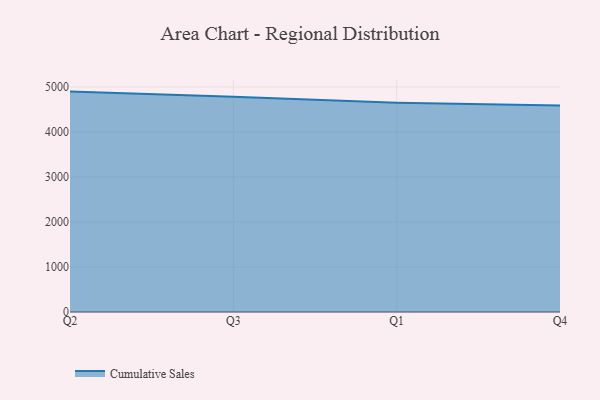
{"axis": {"x": "Quarter", "y": "Churn Rate (%)"}, "legend": ["Cumulative Sales"], "data": [{"x": "Q2", "y": 4896.4, "type": "Cumulative Sales"}, {"x": "Q3", "y": 4781.6, "type": "Cumulative Sales"}, {"x": "Q1", "y": 4647.4, "type": "Cumulative Sales"}, {"x": "Q4", "y": 4585.6, "type": "Cumulative Sales"}]}